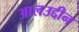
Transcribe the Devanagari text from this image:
आलउद्दीन